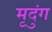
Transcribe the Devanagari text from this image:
मृदुंग